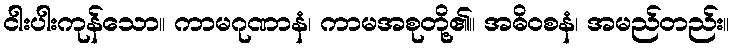
ငါးပါးကုန်သော။ ကာမဂုဏာနံ၊ ကာမအစုတို့၏။ အဓိဝစနံ၊ အမည်တည်း။